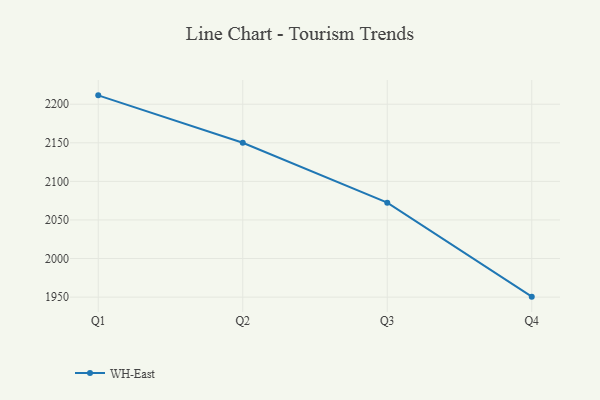
{"axis": {"x": "Quarter", "y": "Conversion Rate (%)"}, "legend": ["WH-East"], "data": [{"x": "Q1", "y": 2211.5, "type": "WH-East"}, {"x": "Q2", "y": 2150.1, "type": "WH-East"}, {"x": "Q3", "y": 2072.4, "type": "WH-East"}, {"x": "Q4", "y": 1950.6, "type": "WH-East"}]}